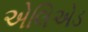
એલિએડ